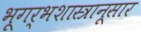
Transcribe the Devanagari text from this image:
भूगर्भशास्त्रानूसार